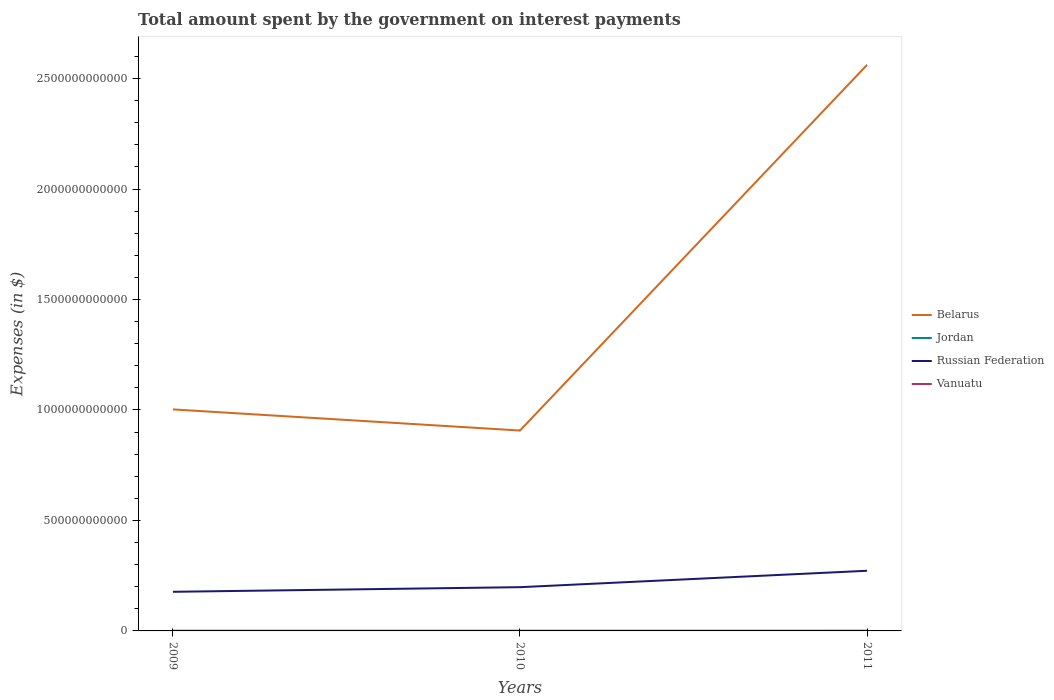
| Years | Belarus | Jordan | Russian Federation | Vanuatu |
 | --- | --- | --- | --- | --- |
 | 2009 | 1e+12 | 3.92e+08 | 1.77e+11 | 3.18e+08 |
 | 2010 | 9.07e+11 | 3.98e+08 | 1.98e+11 | 3.34e+08 |
 | 2011 | 2.56e+12 | 4.3e+08 | 2.72e+11 | 4.68e+08 |